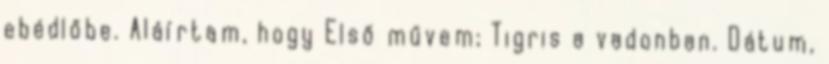
ebédlőbe. Aláírtam, hogy Első művem; Tigris a vadonban. Dátum,